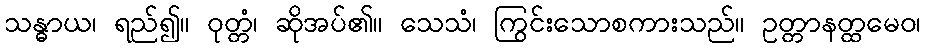
သန္ဓာယ၊ ရည်၍။ ဝုတ္တံ၊ ဆိုအပ်၏။ သေသံ၊ ကြွင်းသောစကားသည်။ ဥတ္တာနတ္ထမေဝ၊